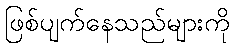
ဖြစ်ပျက်နေသည်များကို